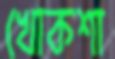
খোকশা